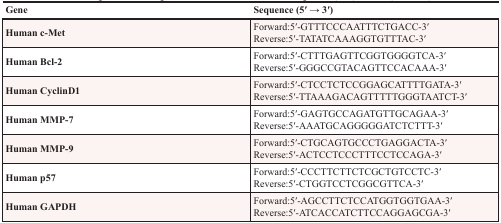
| Gene | Sequence (5′ → 3′) |
 | --- | --- |
 | Human c-Met | Forward:5′-GTTTCCCAATTTCTGACC-3′Reverse:5′-TATATCAAAGGTGTTTAC-3′ |
 | Human Bcl-2 | Forward:5′-CTTTGAGTTCGGTGGGGTCA-3′Reverse:5′-GGGCCGTACAGTTCCACAAA-3′ |
 | Human CyclinD1 | Forward:5′-CTCCTCTCCGGAGCATTTTGATA-3′Reverse:5′-TTAAAGACAGTTTTTGGGTAATCT-3′ |
 | Human MMP-7 | Forward:5′-GAGTGCCAGATGTTGCAGAA-3′Reverse:5′-AAATGCAGGGGGATCTCTTT-3′ |
 | Human MMP-9 | Forward:5′-CTGCAGTGCCCTGAGGACTA-3′Reverse:5′-ACTCCTCCCTTTCCTCCAGA-3′ |
 | Human p57 | Forward:5′-CCCTTCTTCTCGCTGTCCTC-3′Reverse:5′-CTGGTCCTCGGCGTTCA-3′ |
 | Human GAPDH | Forward:5′-AGCCTTCTCCATGGTGGTGAA-3′Reverse:5′-ATCACCATCTTCCAGGAGCGA-3′ |